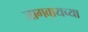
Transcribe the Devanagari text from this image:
जागवायच्या